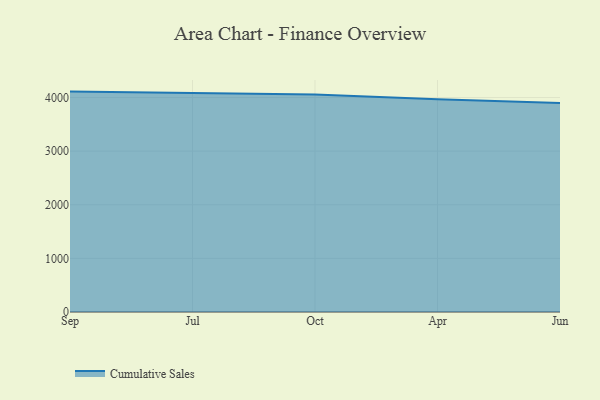
{"axis": {"x": "Month", "y": "Energy Usage (MWh)"}, "legend": ["Cumulative Sales"], "data": [{"x": "Sep", "y": 4110.5, "type": "Cumulative Sales"}, {"x": "Jul", "y": 4082.8, "type": "Cumulative Sales"}, {"x": "Oct", "y": 4058.6, "type": "Cumulative Sales"}, {"x": "Apr", "y": 3969.6, "type": "Cumulative Sales"}, {"x": "Jun", "y": 3898.6, "type": "Cumulative Sales"}]}